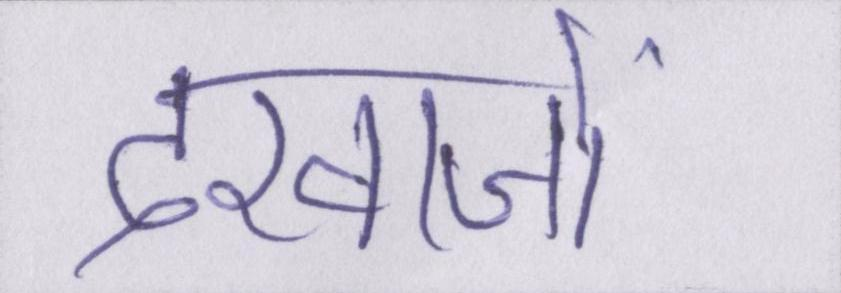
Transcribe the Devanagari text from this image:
दरवाजों